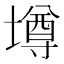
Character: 壿